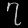
Digit: ၇